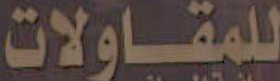
للمقاولات